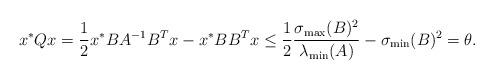
LaTeX: \begin{align*}x^*Qx=\frac{1}{2} x^*B A^{-1}B^Tx- x^*BB^Tx \leq \frac{1}{2} \frac{\sigma_{\max}(B)^2}{\lambda_{\min}(A)}-\sigma_{\min}(B)^2=\theta.\end{align*}